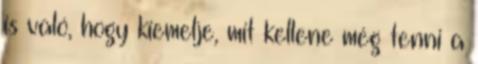
is való, hogy kiemelje, mit kellene még tenni a